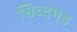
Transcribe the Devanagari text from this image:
सिध्दगड